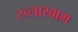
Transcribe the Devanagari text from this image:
स्च्लारबाम